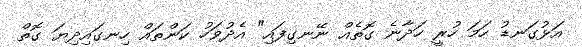
އަޅުގަނޑު ހަމަ ހުރީ ހަދާނެ ގޮތެއް ނޭނގިފައި" އެދުވަހު ކަންތައް ހިނގައިދިޔަ ގޮތް